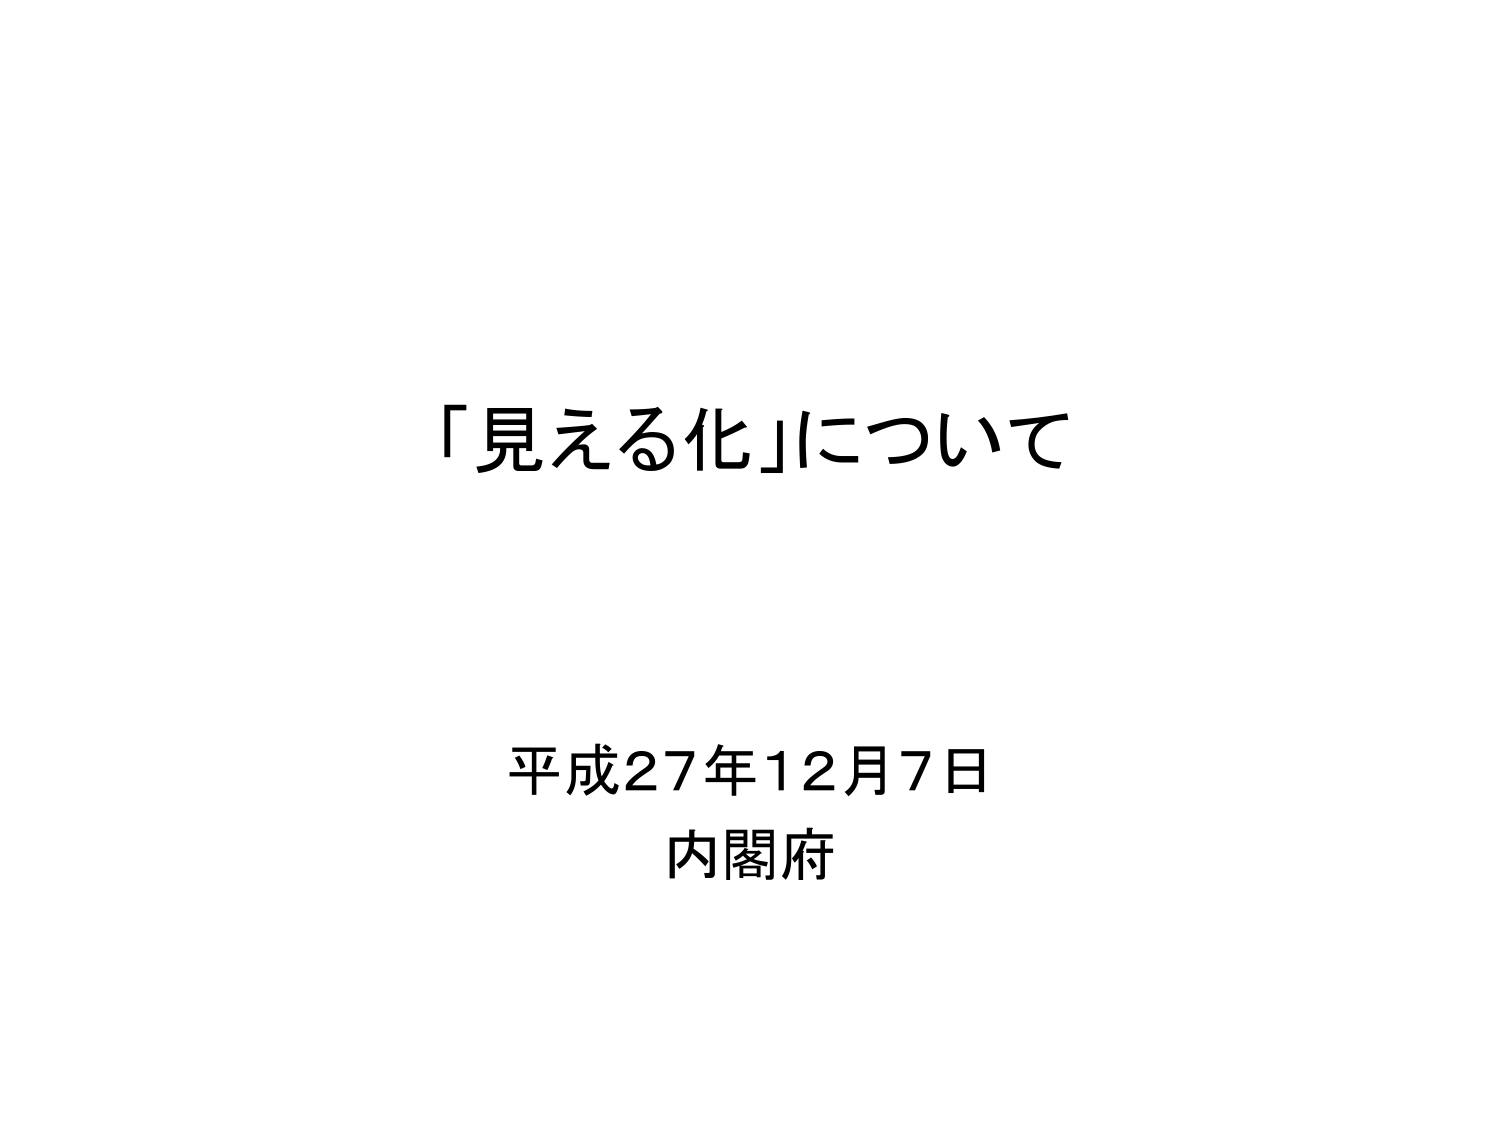
「見える化」について

平成27年12月7日
内閣府